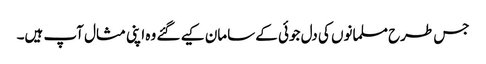
جس طرح مسلمانوں کی دل جوئی کے سامان کیے گئے وہ اپنی مثال آپ ہیں۔